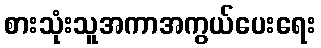
စားသုံးသူအကာအကွယ်ပေးရေး